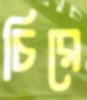
চিরে